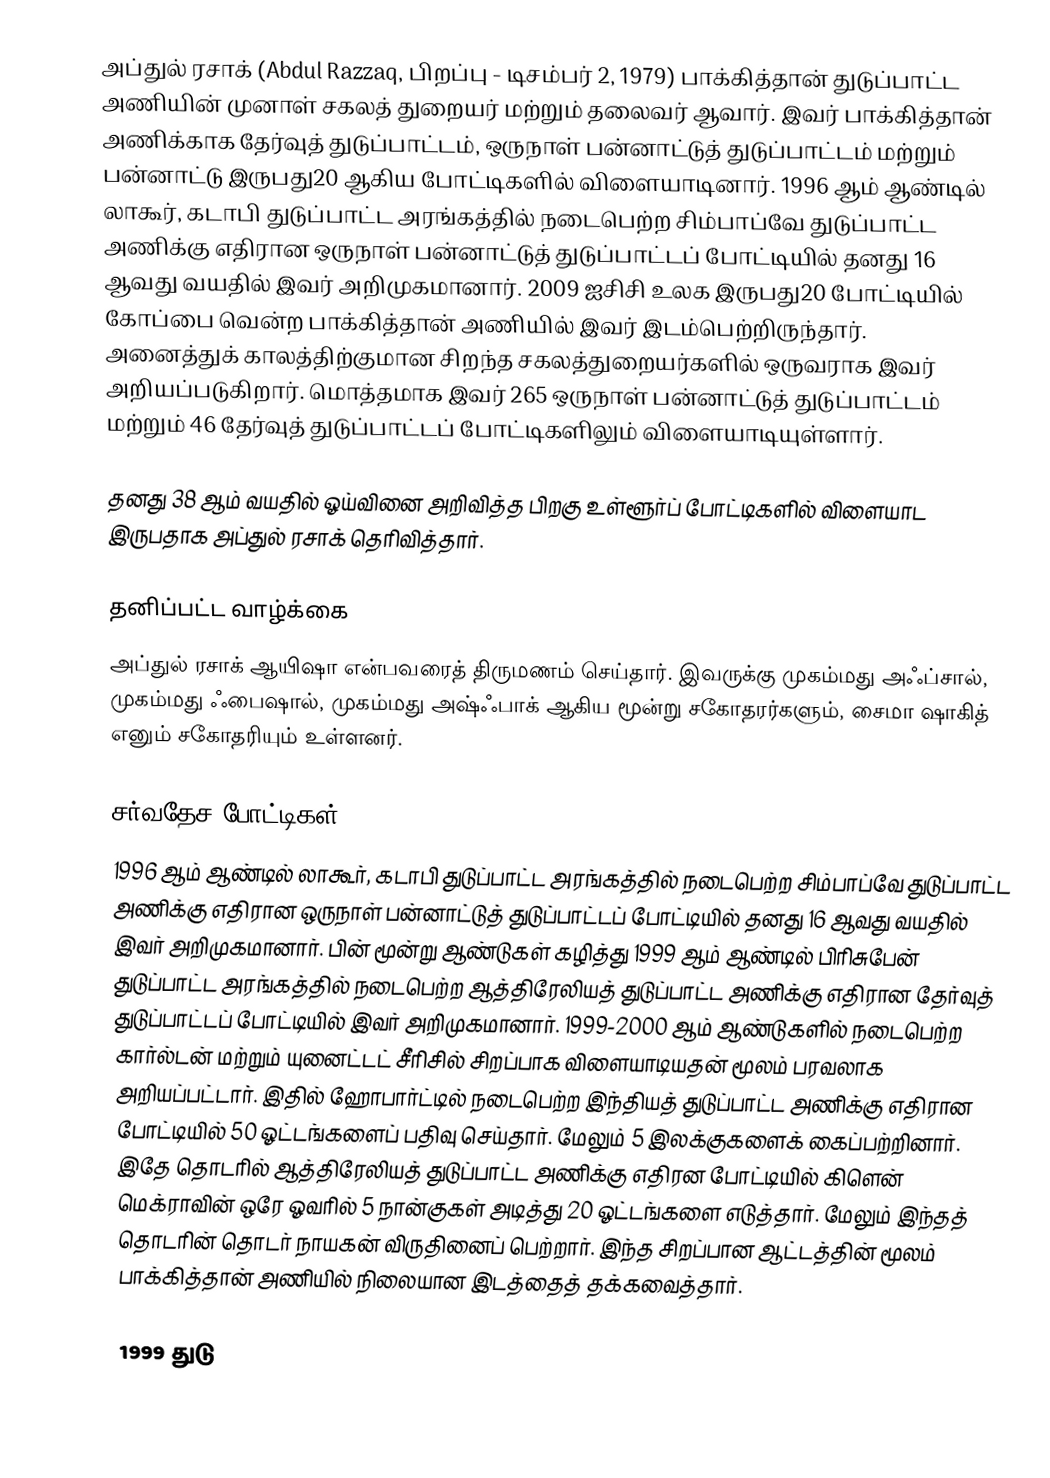
அப்துல் ரசாக் (Abdul Razzaq, பிறப்பு - டிசம்பர் 2, 1979) பாக்கித்தான் துடுப்பாட்ட அணியின் முனாள் சகலத் துறையர் மற்றும் தலைவர் ஆவார். இவர் பாக்கித்தான் அணிக்காக தேர்வுத் துடுப்பாட்டம், ஒருநாள் பன்னாட்டுத் துடுப்பாட்டம் மற்றும் பன்னாட்டு இருபது20 ஆகிய போட்டிகளில் விளையாடினார். 1996 ஆம் ஆண்டில் லாகூர், கடாபி துடுப்பாட்ட அரங்கத்தில் நடைபெற்ற சிம்பாப்வே துடுப்பாட்ட அணிக்கு எதிரான ஒருநாள் பன்னாட்டுத் துடுப்பாட்டப் போட்டியில் தனது 16 ஆவது வயதில்  இவர் அறிமுகமானார். 2009 ஐசிசி உலக இருபது20 போட்டியில் கோப்பை வென்ற பாக்கித்தான் அணியில் இவர் இடம்பெற்றிருந்தார். அனைத்துக் காலத்திற்குமான சிறந்த சகலத்துறையர்களில் ஒருவராக இவர் அறியப்படுகிறார். மொத்தமாக இவர் 265 ஒருநாள் பன்னாட்டுத் துடுப்பாட்டம் மற்றும் 46 தேர்வுத் துடுப்பாட்டப் போட்டிகளிலும் விளையாடியுள்ளார்.

தனது 38 ஆம் வயதில் ஓய்வினை அறிவித்த பிறகு உள்ளூர்ப் போட்டிகளில் விளையாட இருபதாக அப்துல் ரசாக் தெரிவித்தார்.

தனிப்பட்ட வாழ்க்கை
அப்துல் ரசாக் ஆயிஷா என்பவரைத் திருமணம் செய்தார். இவருக்கு முகம்மது அஃப்சால், முகம்மது ஃபைஷால், முகம்மது அஷ்ஃபாக் ஆகிய மூன்று சகோதரர்களும், சைமா ஷாகித் எனும் சகோதரியும் உள்ளனர்.

சர்வதேச போட்டிகள்
1996 ஆம் ஆண்டில் லாகூர், கடாபி துடுப்பாட்ட அரங்கத்தில் நடைபெற்ற சிம்பாப்வே துடுப்பாட்ட அணிக்கு எதிரான ஒருநாள் பன்னாட்டுத் துடுப்பாட்டப் போட்டியில் தனது 16 ஆவது வயதில்  இவர் அறிமுகமானார். பின் மூன்று ஆண்டுகள் கழித்து 1999 ஆம் ஆண்டில் பிரிசுபேன் துடுப்பாட்ட அரங்கத்தில் நடைபெற்ற ஆத்திரேலியத் துடுப்பாட்ட அணிக்கு எதிரான தேர்வுத் துடுப்பாட்டப் போட்டியில் இவர் அறிமுகமானார். 1999-2000 ஆம் ஆண்டுகளில் நடைபெற்ற கார்ல்டன் மற்றும் யுனைட்டட் சீரிசில் சிறப்பாக விளையாடியதன் மூலம் பரவலாக அறியப்பட்டார். இதில் ஹோபார்ட்டில் நடைபெற்ற  இந்தியத் துடுப்பாட்ட அணிக்கு எதிரான போட்டியில் 50 ஓட்டங்களைப் பதிவு செய்தார். மேலும் 5 இலக்குகளைக் கைப்பற்றினார். இதே தொடரில் ஆத்திரேலியத் துடுப்பாட்ட அணிக்கு எதிரன போட்டியில் கிளென் மெக்ராவின் ஒரே ஓவரில் 5 நான்குகள் அடித்து 20 ஓட்டங்களை எடுத்தார். மேலும் இந்தத் தொடரின் தொடர் நாயகன் விருதினைப் பெற்றார். இந்த சிறப்பான ஆட்டத்தின் மூலம் பாக்கித்தான் அணியில் நிலையான இடத்தைத் தக்கவைத்தார்.

1999 துடு